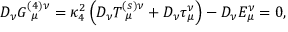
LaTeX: D _ { \nu } G _ { ~ \mu } ^ { ( 4 ) \nu } = \kappa _ { 4 } ^ { 2 } \left( { D _ { \nu } T _ { ~ \mu } ^ { ( s ) \nu } + D _ { \nu } \tau _ { \mu } ^ { \nu } } \right) - D _ { \nu } E _ { \mu } ^ { \nu } = 0 ,